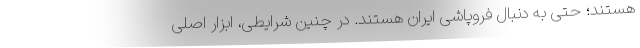
هستند؛ حتی به دنبال فروپاشی ایران هستند. در چنین شرایطی، ابزار اصلی